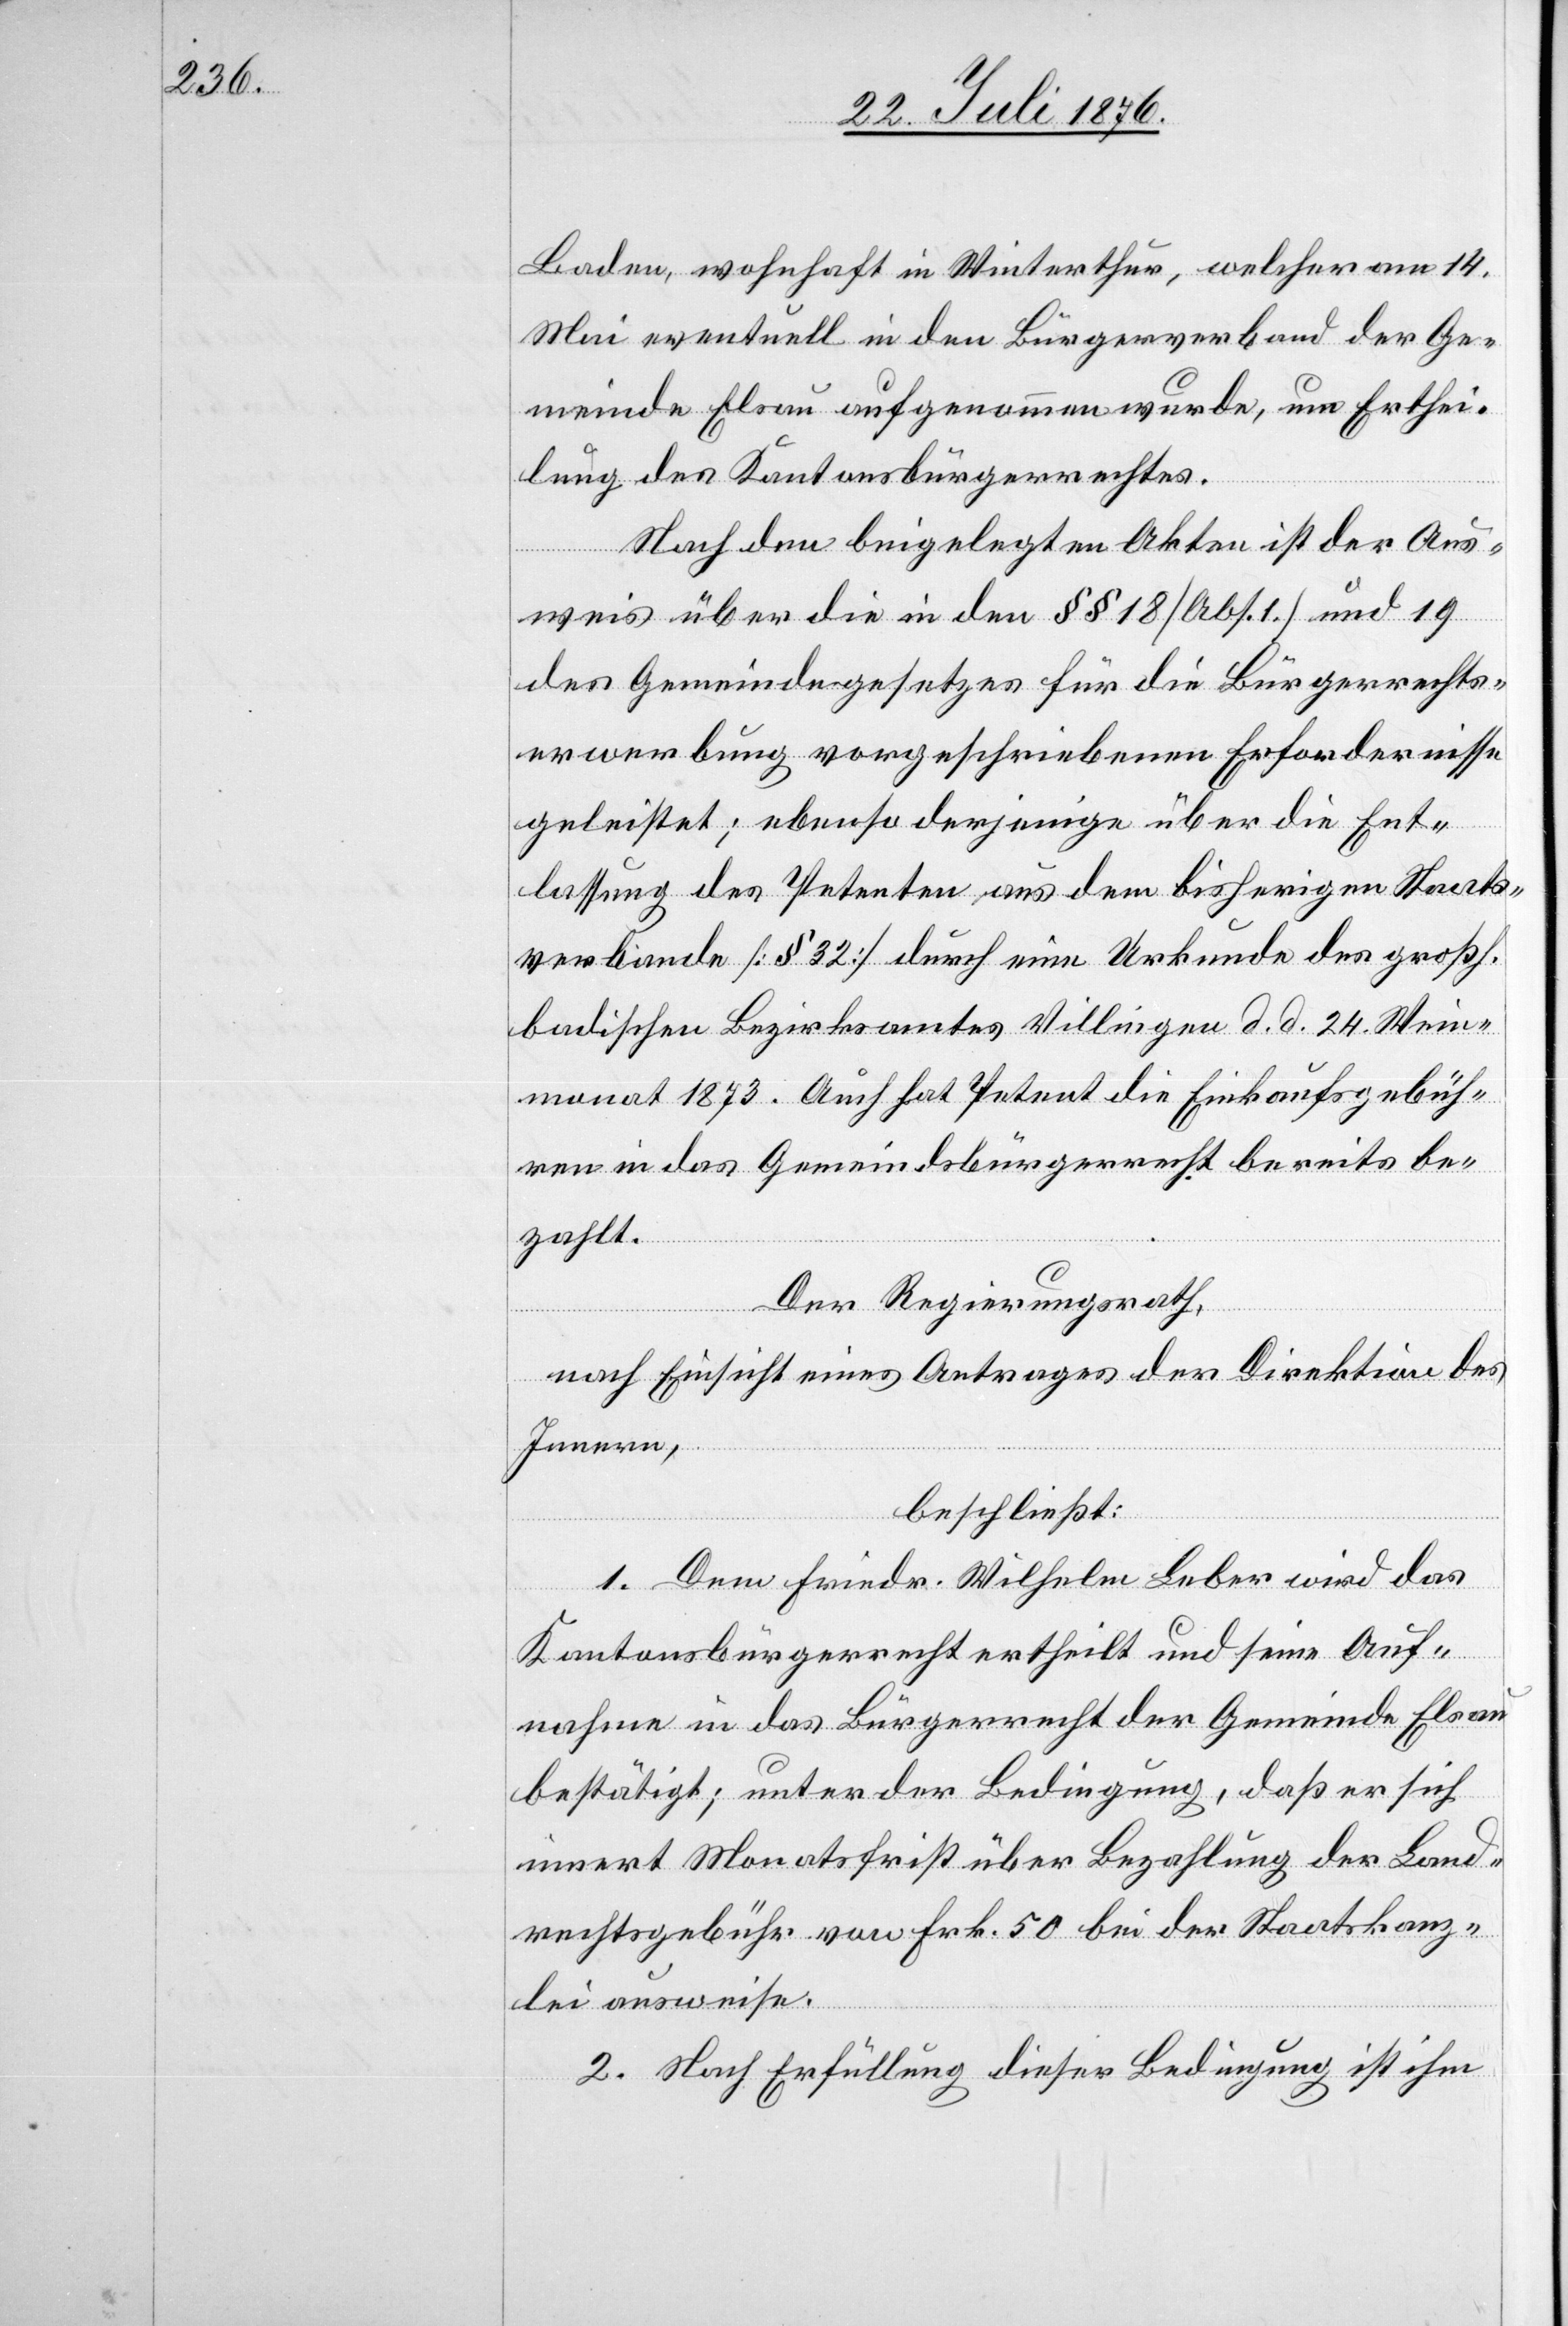
Baden, wohnhaft in Winterthur, welcher am 14.
Mai eventuell in den Bürgerverband der Ge¬
meinde Elsau aufgenommen wurde, um Erthei¬
lung des Kantonsbürgerrechtes.
Nach den beigelegten Akten ist der Aus¬
weis über die in den §§ 18 [Abs. 1] und 19
des Gemeindegesetzes für die Bürgerrechts¬
erwerbung vorgeschriebenen Erfordernisse
geleistet; ebenso derjenige über die Ent¬
lassung des Petenten aus dem bisherigen Staats¬
verbande [§ 32] durch eine Urkunde des großh.
badischen Bezirksamtes Villingen d. d. 24. Wein¬
monat 1873. Auch hat Petent die Einkaufsgebüh¬
ren in das Gemeindsbürgerrecht bereits be¬
zahlt.
Der Regierungsrath,
nach Einsicht eines Antrages der Direktion des
Innern,
beschließt:
1. Dem Friedr. Wilhelm Leber wird das
Kantonsbürgerrecht ertheilt und seine Auf¬
nahme in das Bürgerrecht der Gemeinde Elsau
bestätigt; unter der Bedingung, daß er sich
innert Monatsfrist über Bezahlung der Land¬
rechtsgebühr von Frk. 50 bei der Staatskanz¬
lei ausweise.
2. Nach Erfüllung dieser Bedingung ist ihm